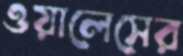
ওয়ালেসের